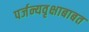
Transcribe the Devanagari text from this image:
पर्जन्यवृक्षाबाबत